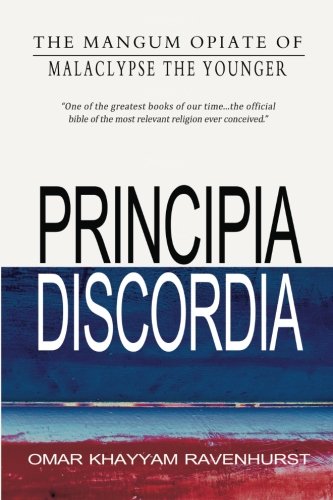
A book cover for Principia Discordia; Malaclypse the Younger; Religion & Spirituality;